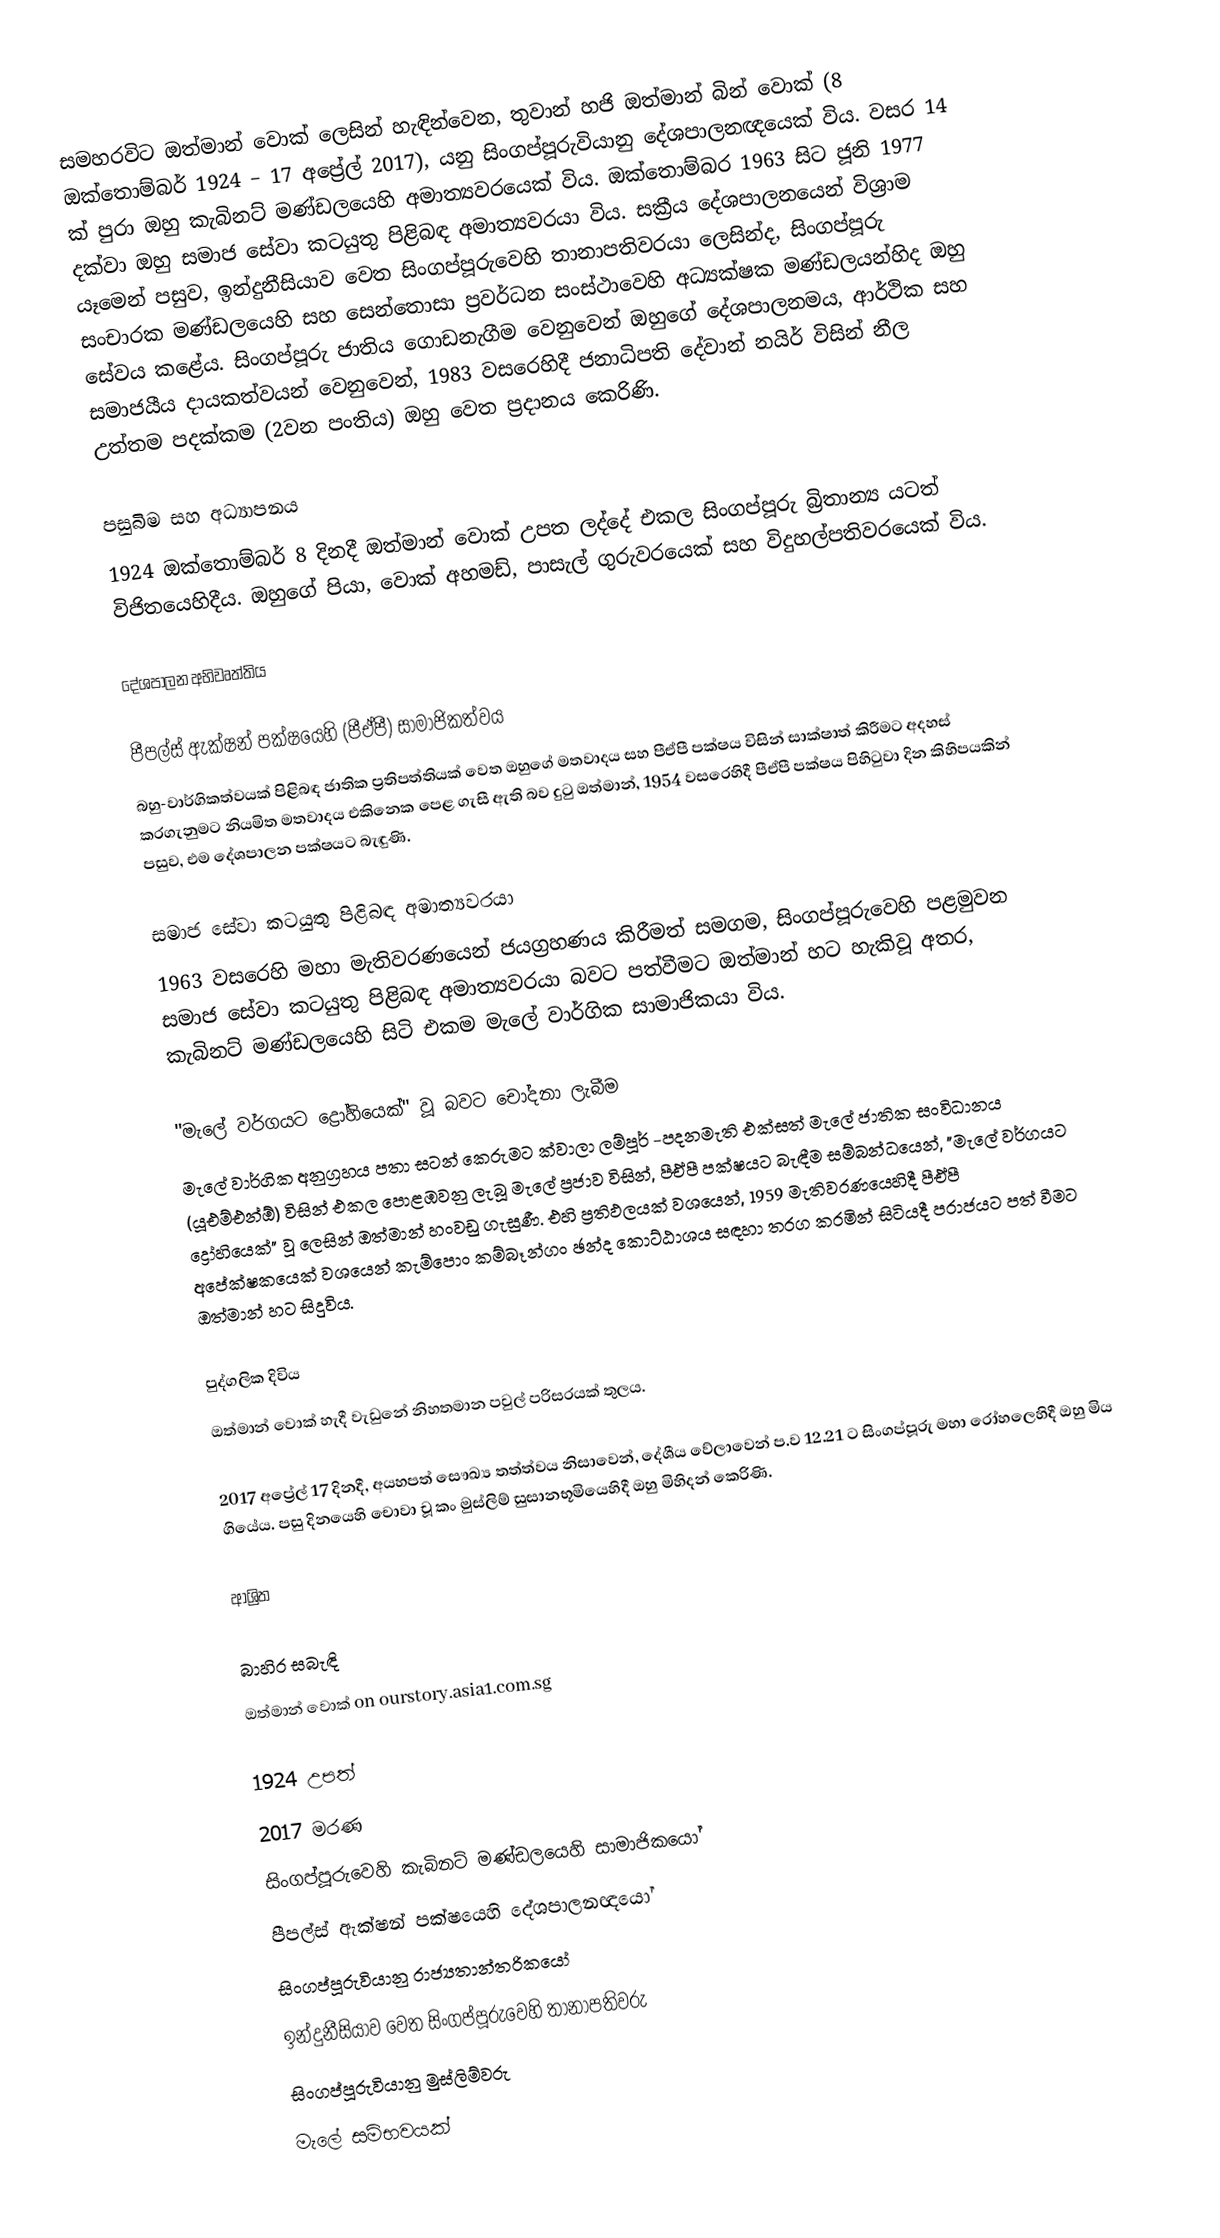
සමහරවිට ඔත්මාන් වොක් ලෙසින් හැඳින්වෙන, තුවාන් හජි ඔත්මාන් බින් වොක් (8 ඔක්තොම්බර් 1924 – 17 අප්‍රේල් 2017),  යනු සිංගප්පූරුවියානු දේශපාලනඥයෙක් විය. වසර 14 ක් පුරා ඔහු  කැබිනට් මණ්ඩලයෙහි අමාත්‍යවරයෙක් විය. ඔක්තොම්බර 1963 සිට ජූනි 1977 දක්වා ඔහු සමාජ සේවා කටයුතු පිළිබඳ අමාත්‍යවරයා විය. සක්‍රීය දේශපාලනයෙන් විශ්‍රාම යෑමෙන් පසුව, ඉන්දුනීසියාව වෙත සිංගප්පූරුවෙහි තානාපතිවරයා ලෙසින්ද, සිංගප්පූරු සංචාරක මණ්ඩලයෙහි සහ   සෙන්තොසා ප්‍රවර්ධන සංස්ථාවෙහි අධ්‍යක්ෂක මණ්ඩලයන්හිද ඔහු සේවය කළේය. සිංගප්පූරු ජාතිය ගොඩනැගීම වෙනුවෙන් ඔහුගේ දේශපාලනමය, ආර්ථික සහ සමාජයීය දායකත්වයන් වෙනුවෙන්, 1983 වසරෙහිදී ජනාධිපති දේවාන් නයිර් විසින්  නීල උත්තම පදක්කම (2වන පංතිය) ඔහු වෙත ප්‍රදානය කෙරිණි.

පසුබිම සහ අධ්‍යාපනය
1924 ඔක්තොම්බර් 8 දිනදී ඔත්මාන් වොක් උපත ලද්දේ එකල සිංගප්පූරු බ්‍රිතාන්‍ය යටත් විජිතයෙහිදීය. ඔහුගේ පියා, වොක් අහමඩ්, පාසැල් ගුරුවරයෙක් සහ විදුහල්පතිවරයෙක් විය.

දේශපාලන අභිවෘත්තිය

පීපල්ස් ඇක්ෂන් පක්ෂයෙහි (පීඒපී) සාමාජිකත්වය
බහු-වාර්ගිකත්වයක් පිළිබඳ ජාතික ප්‍රතිපත්තියක්  වෙත ඔහුගේ මතවාදය සහ පීඒපී පක්ෂය විසින් සාක්ෂාත් කිරීමට අදහස් කරගැනුමට නියමිත මතවාදය එකිනෙක පෙළ ගැසී ඇති බව දුටු ඔත්මාන්, 1954 වසරෙහිදී පීඒපී පක්ෂය පිහිටුවා දින කිහිපයකින් පසුව, එම දේශපාලන පක්ෂයට බැඳුණි.

සමාජ සේවා කටයුතු පිළිබඳ අමාත්‍යවරයා
1963 වසරෙහි මහා මැතිවරණයෙන් ජයග්‍රහණය කිරීමත් සමගම, සිංගප්පූරුවෙහි පළමුවන සමාජ සේවා කටයුතු පිළිබඳ අමාත්‍යවරයා බවට පත්වීමට ඔත්මාන් හට හැකිවූ අතර, කැබිනට් මණ්ඩලයෙහි සිටි එකම මැලේ වාර්ගික සාමාජිකයා විය.

"මැලේ වර්ගයට ද්‍රෝහියෙක්" වූ බවට චෝදනා ලැබීම
මැලේ වාර්ගික අනුග්‍රහය පතා සටන් කෙරුමට  ක්වාලා ලම්පූර් -පදනමැති එක්සත් මැලේ ජාතික සංවිධානය (යූඑම්එන්ඕ) විසින් එකල පොළඹවනු ලැබූ මැලේ ප්‍රජාව විසින්, පීඒපී පක්ෂයට බැඳීම සම්බන්ධයෙන්,  "මැලේ වර්ගයට ද්‍රෝහියෙක්" වූ ලෙසින් ඔත්මාන් හංවඩු ගැසුණී. එහි ප්‍රතිඵලයක් වශයෙන්, 1959 මැතිවරණයෙහිදී පීඒපී අපේක්ෂකයෙක් වශයෙන්  කැම්පොං කම්බෑන්ගං ඡන්ද කොට්ඨාශය සඳහා තරග කරමින් සිටියදී පරාජයට පත් වීමට ඔත්මාන් හට සිදුවිය.

පුද්ගලික දිවිය
ඔත්මාන් වොක් හැදී වැඩුනේ නිහතමාන පවුල් පරිසරයක් තුලය.

2017 අප්‍රේල් 17 දිනදී, අයහපත් සෞඛ්‍ය තත්ත්වය නිසාවෙන්, දේශීය වේලාවෙන් ප.ව 12.21 ට සිංගප්පූරු මහා රෝහලෙහිදී ඔහු මිය ගියේය. පසු දිනයෙහි  චොවා චූ කං මුස්ලිම්  සුසානභූමියෙහිදී ඔහු මිහිදන් කෙරිණි.

ආශ්‍රිත

බාහිර සබැඳි
 ඔත්මාන් වොක් on ourstory.asia1.com.sg

1924 උපත්
2017 මරණ
සිංගප්පූරුවෙහි කැබිනට් මණ්ඩලයෙහි සාමාජිකයෝ
පීපල්ස් ඇක්ෂන් පක්ෂයෙහි දේශපාලනඥයෝ
සිංගප්පූරුවියානු  රාජ්‍යතාන්ත‍්‍රිකයෝ
ඉන්දුනීසියාව වෙත සිංගප්පූරුවෙහි තානාපතිවරු
සිංගප්පූරුවියානු මුස්ලිම්වරු
මැලේ සම්භවයක්